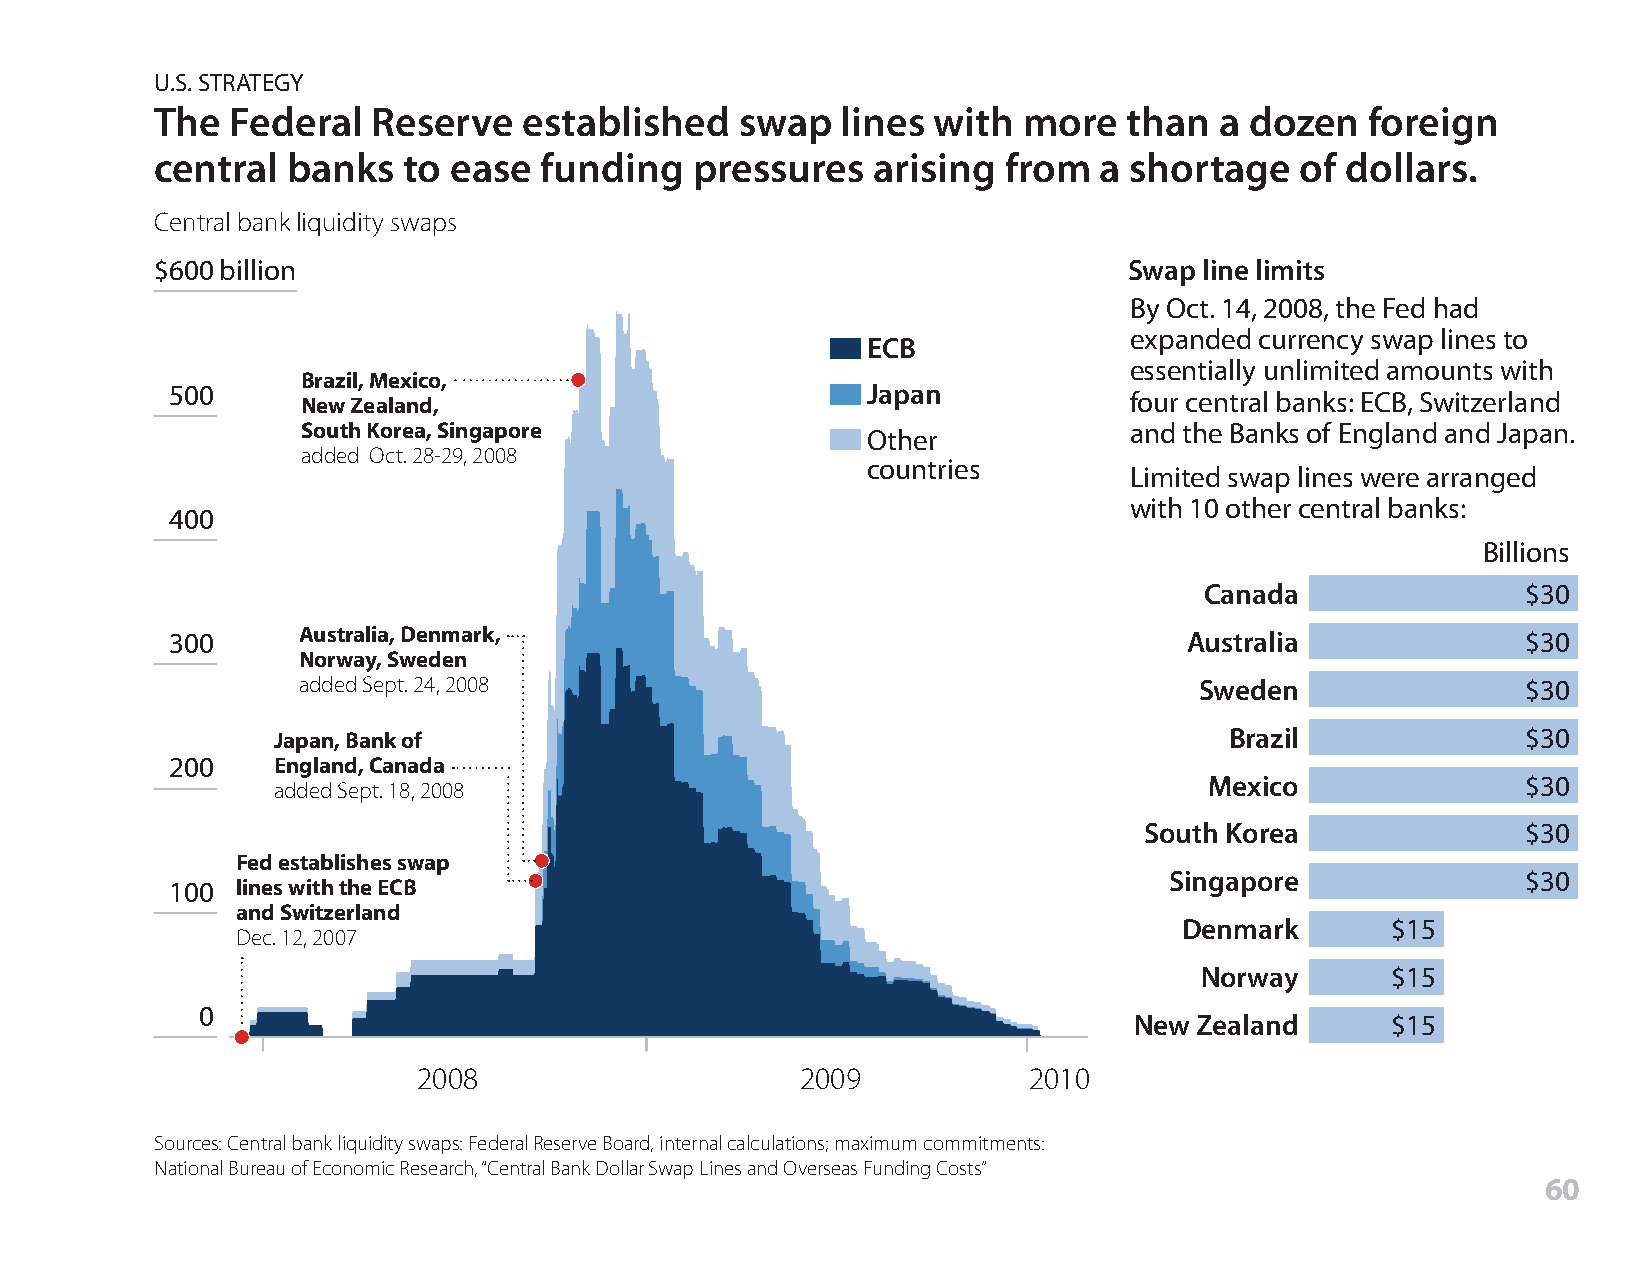
U.S. STRATEGY
 The  Federal   Reserve   established   swap   lines with  more   than  a dozen   foreign
 central  banks   to ease  funding   pressures   arising from   a shortage   of dollars.
 Central bank liquidity swaps
 $600 billion                                                     Swap line limits
 By Oct. 14, 2008, the Fed had
 expanded currency swap lines to
 ECB
 essentially unlimited amounts with
 Brazil, Mexico,
 500                                           Japan
 New Zealand,                                           four central banks: ECB, Switzerland
 South Korea, Singapore                                 and the Banks of England and Japan.
 Other
 added Oct. 28-29, 2008
 countries
 Limited swap lines were arranged
 with 10 other central banks:
 400
 Billions
 Canada               $30
 300      Australia, Denmark,                                        Australia             $30
 Norway, Sweden
 added Sept. 24, 2008                                       Sweden                $30
 Japan, Bank of                                                 Brazil              $30
 200    England, Canada
 Mexico               $30
 added Sept. 18, 2008
 South Korea              $30
 Fed establishes swap
 Singapore               $30
 100  lines with the ECB
 and Switzerland
 Denmark       $15
 Dec. 12, 2007
 Norway       $15
 0
 New Zealand      $15
 2008                     2009           2010
 Sources: Central bank liquidity swaps: Federal Reserve Board, internal calculations; maximum commitments:
 National Bureau of Economic Research, “Central Bank Dollar Swap Lines and Overseas Funding Costs”
 60